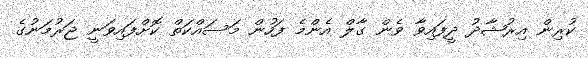
ކުރިން އިރުޝާދު ދީފައިވާ ވެން ގާލް އެންމެ ފަހުން މަސައްކަތް ކޮށްފައިވަނީ ޖަރުމަނުގެ